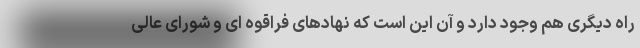
راه دیگری هم وجود دارد و آن این است که نهادهای فراقوه ای و شورای عالی